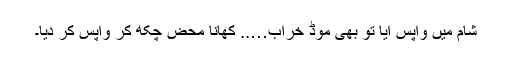
شام میں واپس آیا تو بھی موڈ خراب….. کھانا محض چکھ کر واپس کر دیا۔